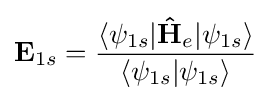
\mathbf {E} _{1s}={\frac {\langle \psi _{1s}|\mathbf {\hat {H}} _{e}|\psi _{1s}\rangle }{\langle \psi _{1s}|\psi _{1s}\rangle }}